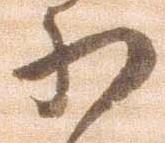
小